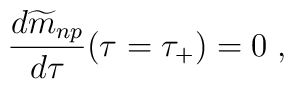
{d{\widetilde m}_{np}\over d\tau}(\tau=\tau_{+})=0 \; ,